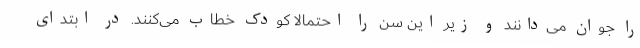
را جوان می‌دانند و زیر این سن را احتمالا کودک خطاب می‌کنند. در ابتدای